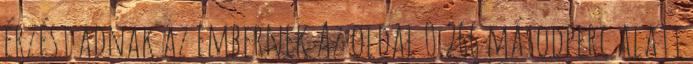
érzést adnak az embernek Az oldal 0.266 másodperc alatt